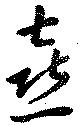
喜